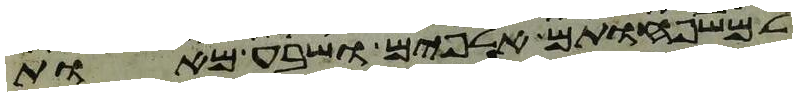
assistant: למשפחותם אלפים ושבע מאות